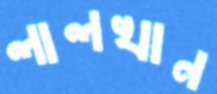
লালখান